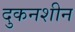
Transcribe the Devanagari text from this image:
दुकनशीन